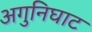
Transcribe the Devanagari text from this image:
अगुनिघाट